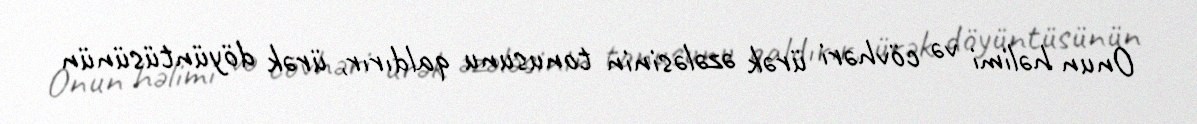
Onun həlimi və cövhəri ürək əzələsinin tonusunu qaldırır, ürək döyüntüsünün